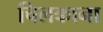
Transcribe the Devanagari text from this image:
चिलकाना